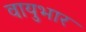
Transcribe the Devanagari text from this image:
वायुभार